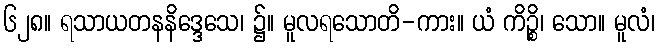
၆၂၈။ ရသာယတနနိဒ္ဒေသေ၊ ၌။ မူလရသောတိ-ကား။ ယံ ကိဉ္စိ၊ သော။ မူလံ၊